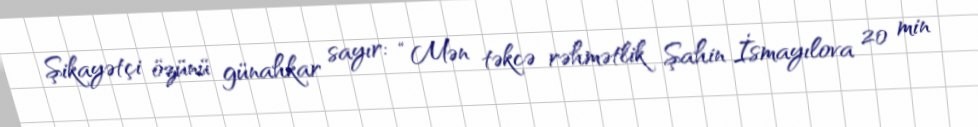
Şikayətçi özünü günahkar sayır: “Mən təkcə rəhmətlik Şahin İsmayılova 20 min